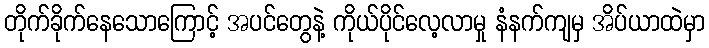
တိုက်ခိုက်နေသောကြောင့် အပင်တွေနဲ့ ကိုယ်ပိုင်လေ့လာမှု နံနက်ကျမှ အိပ်ယာထဲမှာ